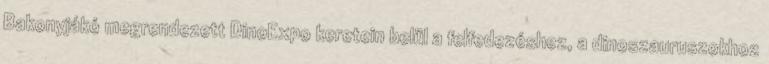
Bakonyjákó megrendezett DinoExpo keretein belül a felfedezéshez, a dinoszauruszokhoz